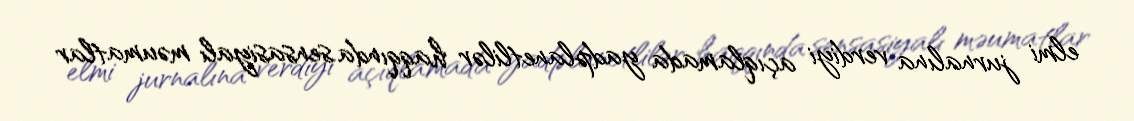
elmi jurnalına verdiyi açıqlamada yadplanetlilər haqqında sensasiyalı məumatlar